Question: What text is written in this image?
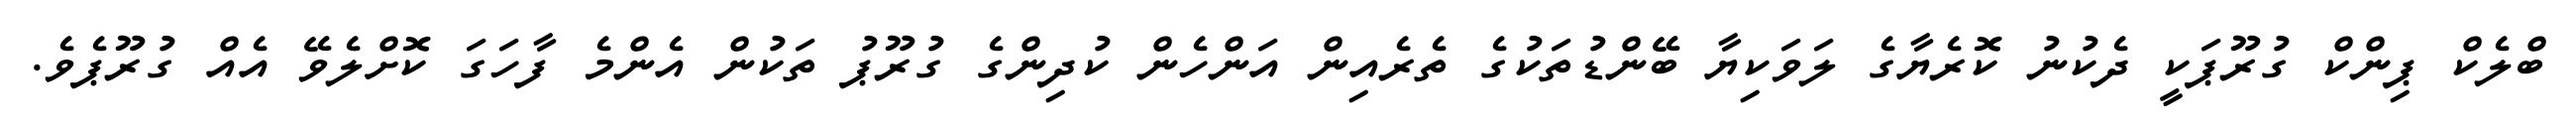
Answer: ބްލެކް ޕިންކް ގުރޫޕަކީ ދެކުނު ކޮރެޔާގެ ލަވަކިޔާ ބޭންޑުތަކުގެ ތެރެއިން އަންހެން ކުދިންގެ ގުރޫޕު ތަކުން އެންމެ ފާހަގަ ކޮށްލެވޭ އެއް ގުރޫޕެވެ.